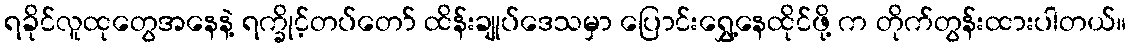
ရခိုင်လူထုတွေအနေနဲ့ ရက္ခိုင့်တပ်တော် ထိန်းချုပ်ဒေသမှာ ပြောင်းရွှေ့နေထိုင်ဖို့ က တိုက်တွန်းထားပါတယ်။